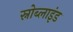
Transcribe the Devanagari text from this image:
स्नोब्लाइंड